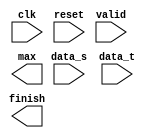
module sw(clk, reset, valid, data_s, data_t, finish, max);

input clk;
input reset;
input valid;
input [1:0] data_t, data_s;
output finish;
output [11:0] max;

//------------------------------------------------------------------
// reg & wire
	
//------------------------------------------------------------------
// combinational part
always@(*) begin
	
end

//------------------------------------------------------------------
// sequential part
always@( posedge clk or posedge reset) begin
   
end
    
endmodule